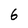
Character: 6